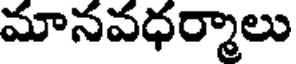
మానవధర్మాలు